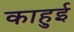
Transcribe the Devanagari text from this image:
काहुई